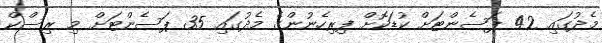
މެދުގައި 42 ޕަސެންޓަށް ކުޑަކޮށް ފިރިހެނުންގެ މެދުގައި 35 ޕަސެންޓަށް މި ރިސްކް